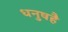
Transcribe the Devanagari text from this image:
धनुषहै